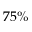
7 5 \%